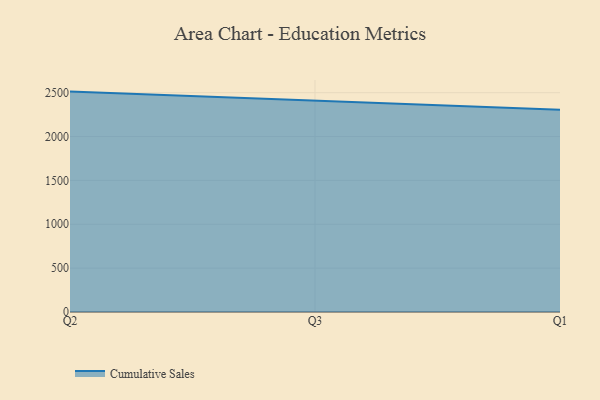
{"axis": {"x": "Quarter", "y": "Budget (USD K)"}, "legend": ["Cumulative Sales"], "data": [{"x": "Q2", "y": 2512.5, "type": "Cumulative Sales"}, {"x": "Q3", "y": 2408.8, "type": "Cumulative Sales"}, {"x": "Q1", "y": 2306.5, "type": "Cumulative Sales"}]}